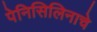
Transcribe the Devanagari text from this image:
पेनिसिलिनाचे